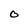
Character: O